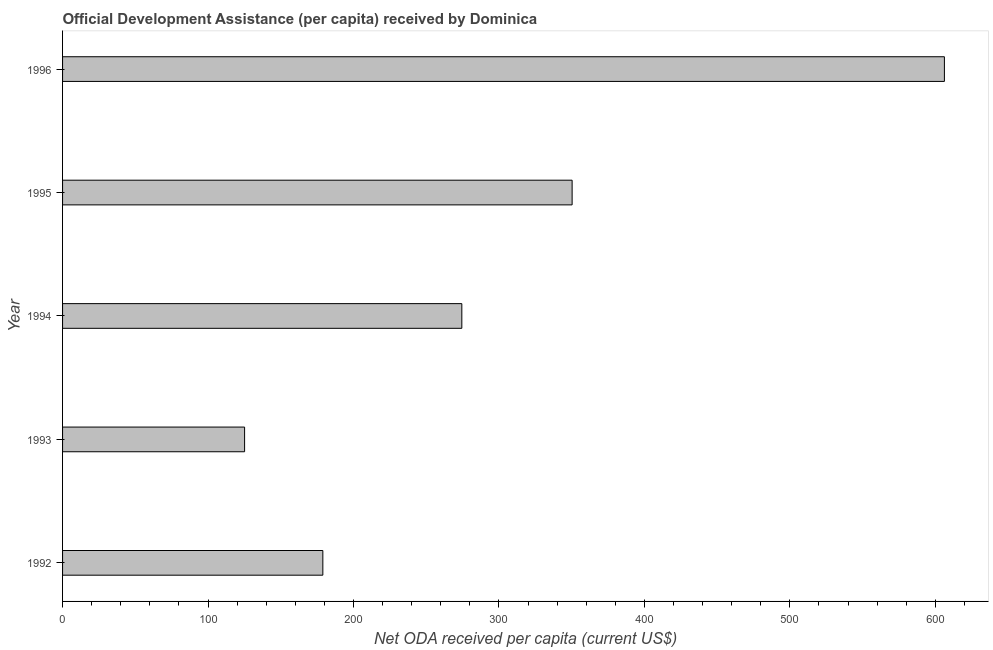
| Year | Net ODA received per capita |
 | --- | --- |
 | 1992 | 179 |
 | 1993 | 125 |
 | 1994 | 274 |
 | 1995 | 350 |
 | 1996 | 606 |